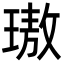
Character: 璈